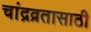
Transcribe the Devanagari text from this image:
चांद्रव्रतासाठी